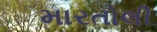
મારતોલી